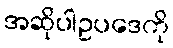
အဆိုပါဥပဒေကို